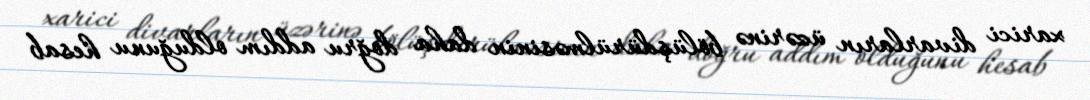
xarici divarların üzərinə bölüşdürülməsinin daha doğru addım olduğunu hesab